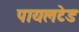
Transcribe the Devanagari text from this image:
पायलटेड